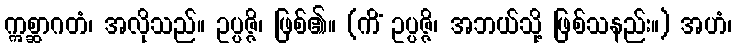
ဣစ္ဆာဂတံ၊ အလိုသည်။ ဥပ္ပဇ္ဇိ၊ ဖြစ်၏။ (ကိံ ဥပ္ပဇ္ဇိ၊ အဘယ်သို့ ဖြစ်သနည်း။) အဟံ၊